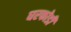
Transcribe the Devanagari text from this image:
घरफोडी